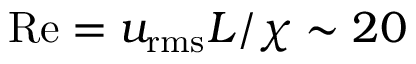
\mathrm { R e } = u _ { \mathrm { r m s } } L / \chi \sim 2 0